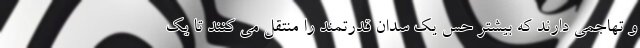
و تهاجمی دارند که بیشتر حس یک سدان قدرتمند را منتقل می کنند تا یک